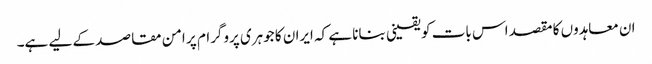
ان معاہدوں کا مقصد اس بات کو یقینی بنانا ہے کہ ایران کا جوہری پروگرام پر امن مقاصد کے لیے ہے۔